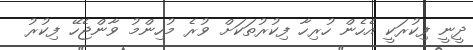
ދީނީ ފިކުރަކީ އެހެން ހުރިހާ ފިކުރުތަކަށް ވުރެ މުހިންމު ވާންޖެހޭ ފިކުރު